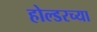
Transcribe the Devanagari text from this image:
होल्डरच्या